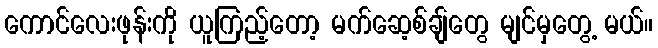
ကောင်လေးဖုန်းကို ယူကြည့်တော့ မက်ဆေ့စ်ချ်တွေ မျင်မှတွေ့ မယ်။